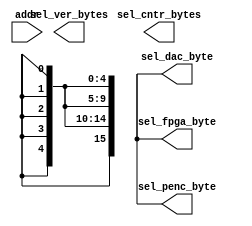
module drom(addr, 
			sel_fpga_byte, 
			sel_ver_bytes, 
			sel_penc_byte, 
			sel_cntr_bytes, 
			sel_dac_byte);

input [4:0] addr;
output sel_fpga_byte;			 
output [4:0] sel_ver_bytes;  
output sel_penc_byte;  
output [15:0] sel_cntr_bytes; 
output sel_dac_byte;
 
reg [31:0] sel_out;

always @(addr) 
case(addr)
0:  sel_out=32'hfffffffe;
1:  sel_out=32'hffffffbd;
2:  sel_out=32'hffffffbb;
3:  sel_out=32'hffffffb7;
4:  sel_out=32'hffffffaf;
5:  sel_out=32'hffffff9f;
6:  sel_out=32'hffffffff;
7:  sel_out=32'hffffff7f;
8:  sel_out=32'hfffffeff;
9:  sel_out=32'hfffffdff;
10:  sel_out=32'hfffffbff;
11:  sel_out=32'hfffff7ff;
12:  sel_out=32'hffffefff;
13:  sel_out=32'hffffdfff;
14:  sel_out=32'hffffbfff;
15:  sel_out=32'hffff7fff;
16:  sel_out=32'hfffeffff;
17:  sel_out=32'hfffdffff;
18:  sel_out=32'hfffbffff;
19:  sel_out=32'hfff7ffff;
20:  sel_out=32'hffefffff;
21:  sel_out=32'hffdfffff;
22:  sel_out=32'hffbfffff;
23:  sel_out=32'hff7fffff;
24:  sel_out=32'hffffffff;
25:  sel_out=32'hffffffff;
26:  sel_out=32'hffffffff;
27:  sel_out=32'hffffffff;
28:  sel_out=32'hffffffff;
29:  sel_out=32'hffffffff;
30:  sel_out=32'hffffffff;
31:  sel_out=32'hffffffff;

endcase

assign sel_fpga_byte = sel_in[0];
assign sel_ver_bytes = sel_in[5:1];
assign sel_penc_byte= sel_in [6];
assign sel_cntr_bytes = {sel_in[22:19],sel_in[18:15],sel_in[14:11],sel_in[10:7]};
assign sel_dac_byte = sel_in[23];

endmodule